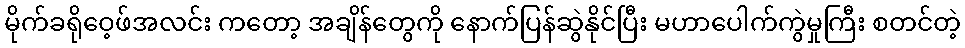
မိုက်ခရိုဝေ့ဖ်အလင်း ကတော့ အချိန်တွေကို နောက်ပြန်ဆွဲနိုင်ပြီး မဟာပေါက်ကွဲမှုကြီး စတင်တဲ့